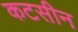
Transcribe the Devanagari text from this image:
कटसीन